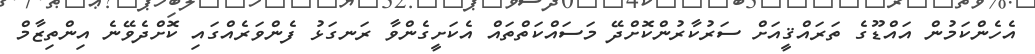
އެހެންކަމުން އައްޑޫގެ ތަރައްޤީއަށް ސަރުކާރުންކޮށްދޭ މަސައްކަތްތައް އެކަށީގެންވާ ރަނގަޅު ފެންވަރެއްގައި ކޮށްދެވޭނެ އިންތިޒާމް